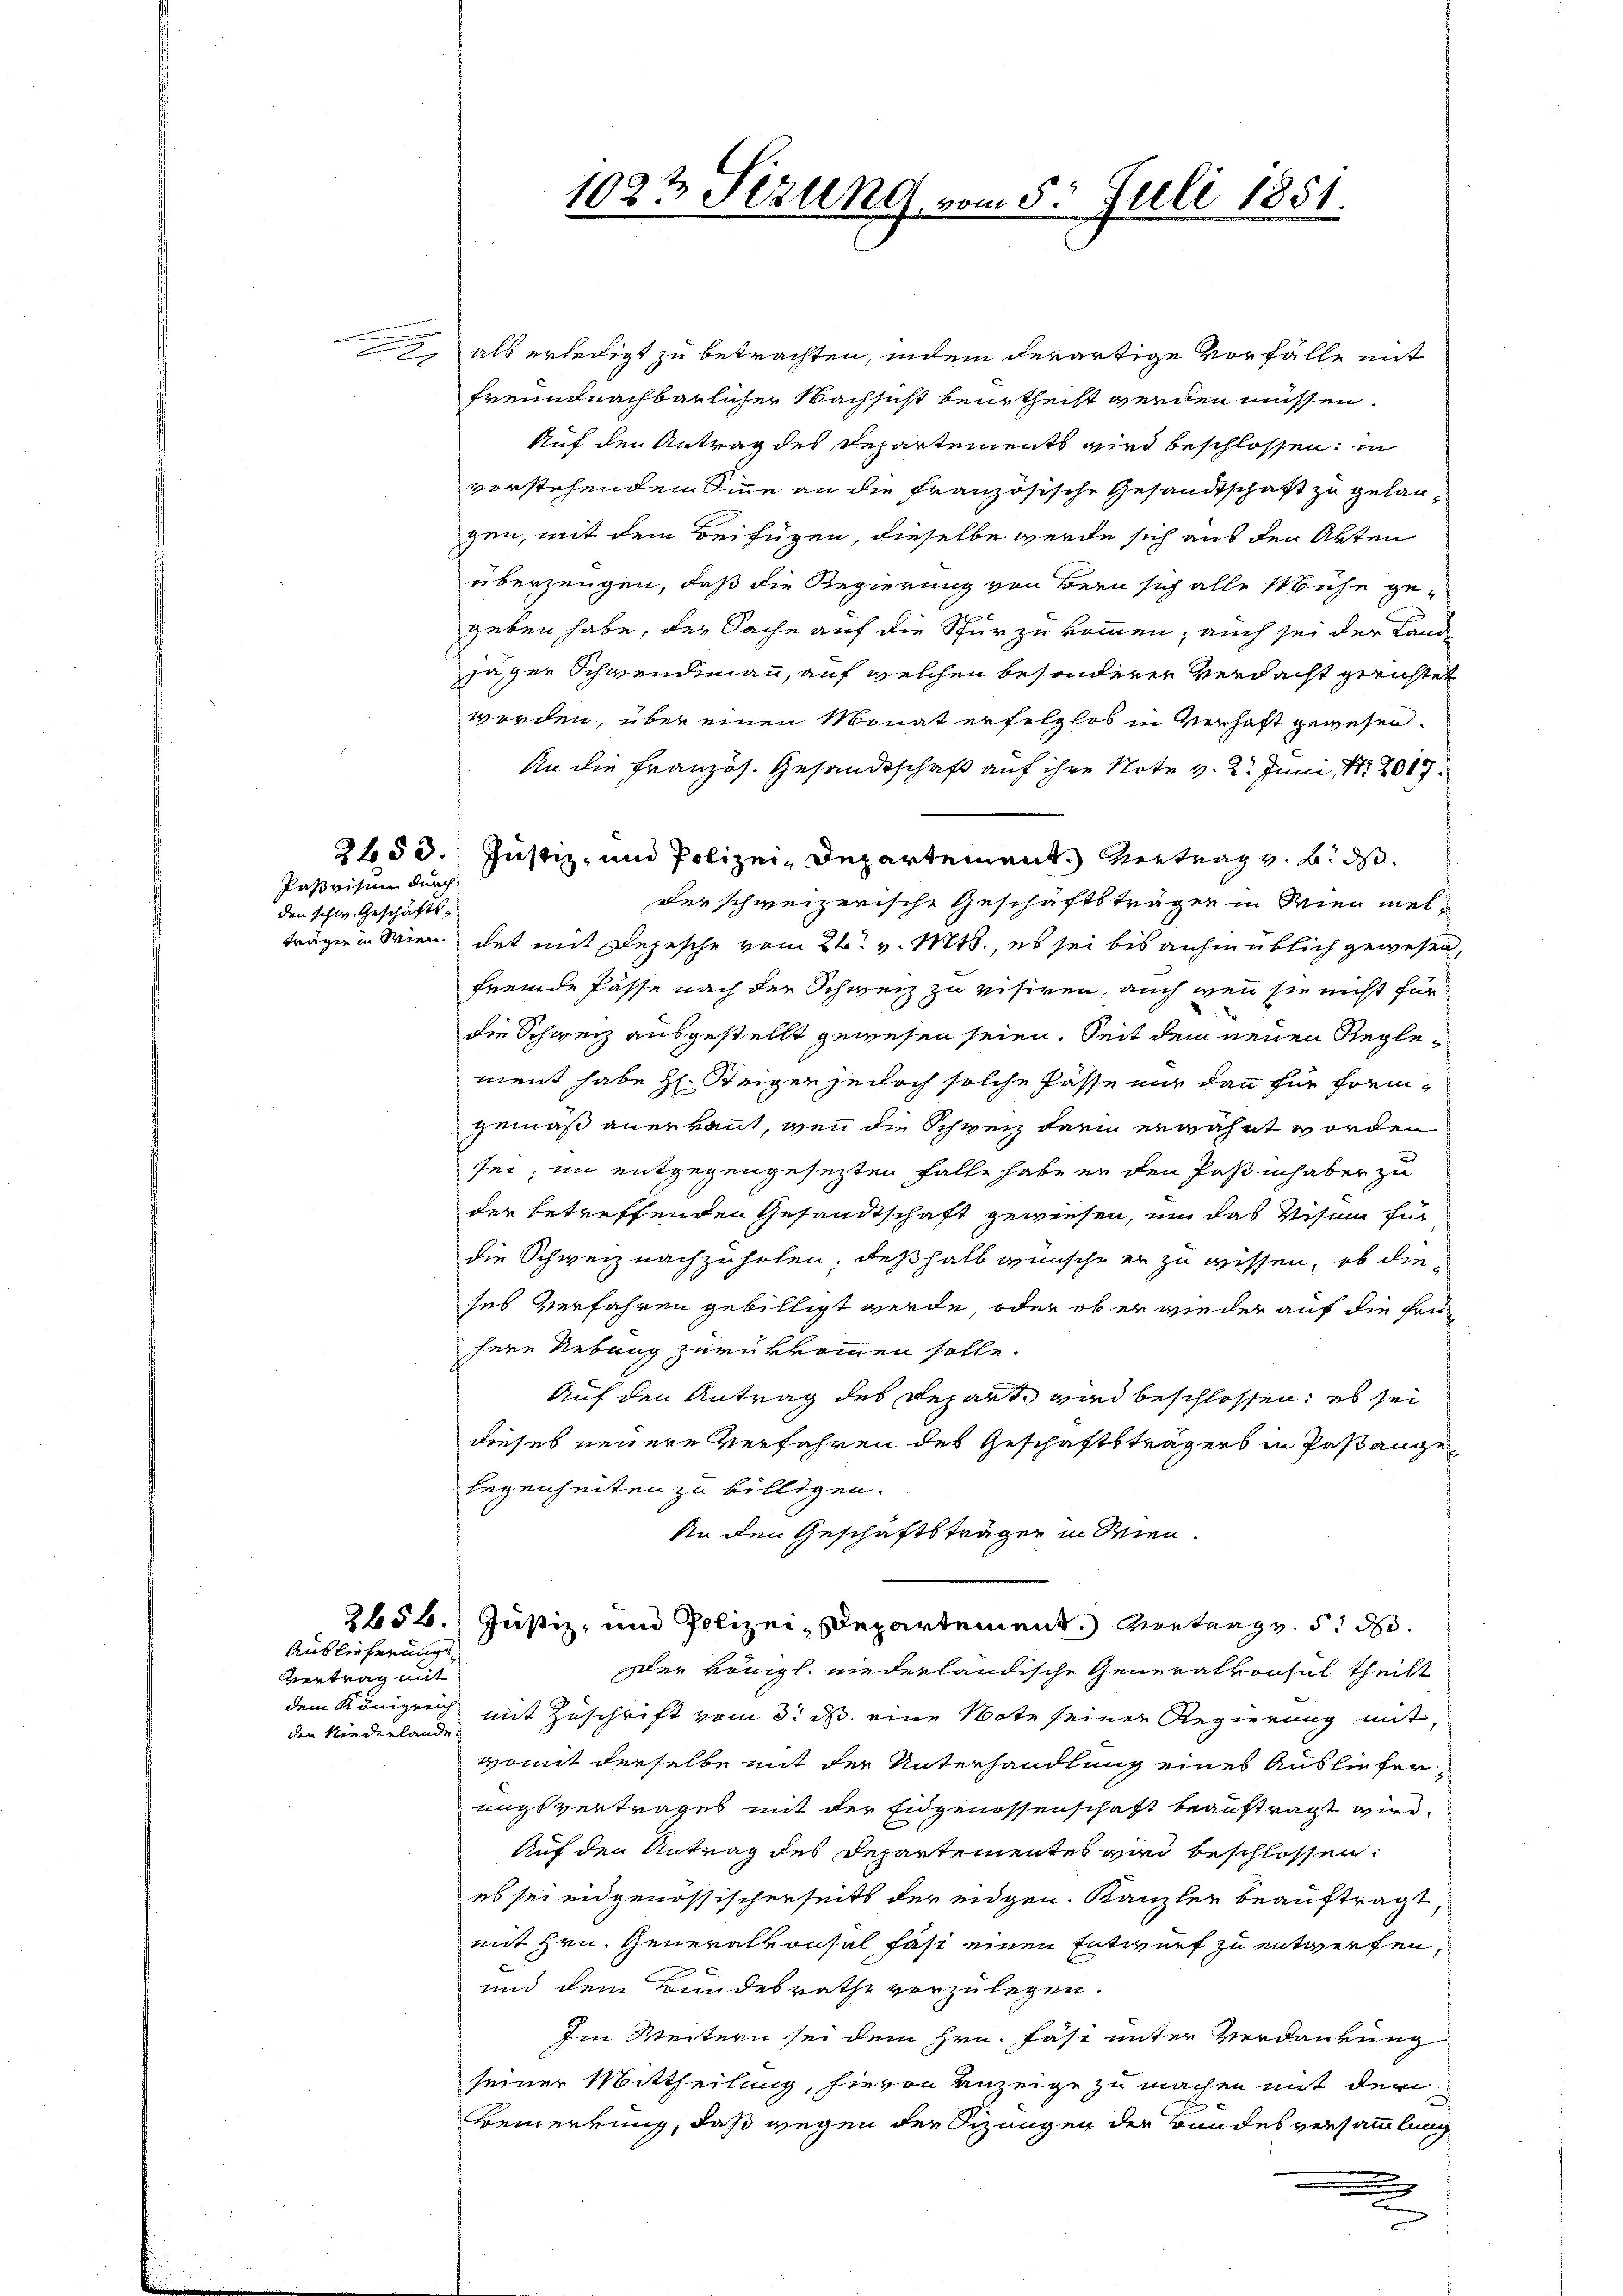
Pasvisum durch
den schw. Geschäfts¬

Vertrag mit
den Kinderlande

Auslieferungs

als erledigt zu betrachten, indem derartige Vorfälle mit
freundnachbarlicher Nachsicht beurtheilt werden müssen.
Auf den Antrag des Departements wird beschlossen, in
vorstehendem Sinne an die Französische Gesandtschaft zu gelaugen, mit dem Beifügen, dieselbe werde sich aus den Akten
überzeugen, daß die Regierung von Bern sich alle Mühe ge-
geben habe, der Sache auf die Spur zu kommen, auch sei der Land
jäger Schwendimann, auf welchen besonderer Verdacht gerichtet
worden, über einen Monat erfolglos in Verhaft gewesen.
An die Französ. Gesandtschaft auf ihre Note v. 2. Juni 1808.
2653.) Justiz- und Polizei-Departement. Vertrag v. 6. ds.
der schweizerische Geschäftsträgen in Wien melträgen in Wien. dat mit Depesche vom 26. v. Mts., es sei bis anhin üblich gewesen,
fremde Pässe nach der Schweiz zu visiren, auch wenn sie nicht für
die Schweiz ausgestellt gewesen seien. Seit dem neuen Reglement habe H. Steigen jedoch solche Pässe nur dann für Form-
gemäß anerkannt, wenn die Schweiz darin erwähnt worden
sei, im entgegengesezten Falle habe er den Paßinhaber zu
der betreffenden Gesandtschaft gewiesen, um das Visum für
die Schweiz nachzuholen; deßhalb wünsche er zu wissen, ob die
ses Verfahren gebilligt werde, oder ob er wieder auf die frühere Uebung zurükkommen solle.
Auf den Antrag des Repart wird beschlossen; es sei
dieses neuere Verfahren des Geschäftsträgers in Pastange
legenheiten zu billigen.
An den Geschäftsträger in Wien.
2654. Justiz, und Polizei-Departement.) Vortrag v. 5. d.
der königl. niederländische Generalkonsul theilt
dem Königreich mit Zuschrift vom 3. ds. eine Note seiner Regierung mit
womit derselbe mit der Unterhandlung eines Auslieferungsvertrages mit der Eidgenossenschaft beauftragt wird,
Auf den Antrag des Departementes wird beschlossen:
es sei eidgenössischerseits der eidgen. Kanzler beauftragt
mit Hrn. Generalkonsul fast einen Entwurf zu entwerfen,
und dem Bundesrathe vorzulegen.
Im Weitern sei dem Hrn. Fäsi unter Verdankung
seiner Mittheilung, hievon Anzeige zu machen mit der
e
Bemerkung, daß wegen der Sizungen der Bundesversammlung
d

1023 Sizung vom 5. Juli 1851.